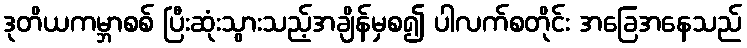
ဒုတိယကမ္ဘာစစ် ပြီးဆုံးသွားသည့်အချိန်မှစ၍ ပါလက်စတိုင်း အခြေအနေသည်